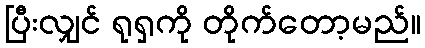
ပြီးလျှင် ရုရှကို တိုက်တော့မည်။